Vaccination in Burma 1912-1922 - 1912-1922
Year: 1912
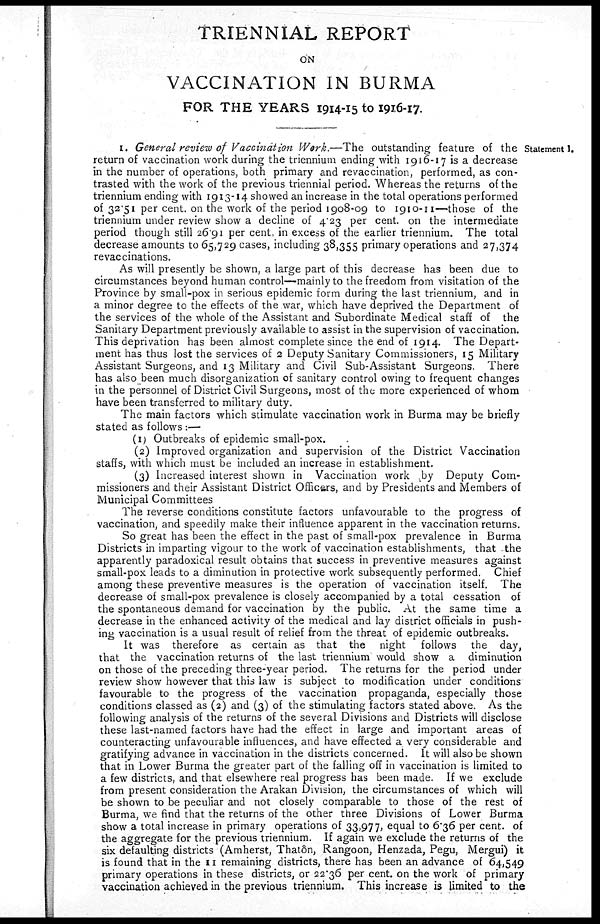
TRIENNIAL REPORT
ON
VACCINATION IN BURMA
FOR THE YEARS 1914-15 to 1916-17.
Statement I.
I. General review of Vaccination Work.—The outstanding feature of the
return of vaccination work during the triennium ending with 1916-17 is a decrease
in the number of operations, both primary and revaccination, performed, as con-
trasted with the work of the previous triennial period. Whereas the returns of the
triennium ending with 1913-14 showed an increase in the total operations performed
of 32.51 per cent. on the work of the period 1908-09 to 1910-11—those of the
triennium under review show a decline of 4.23 per cent. on the intermediate
period though still 26.91 per cent. in excess of the earlier triennium. The total
decrease amounts to 65,729 cases, including 38,355 primary operations and 27,374
revaccinations.
As will presently be shown, a large part of this decrease has been due to
circumstances beyond human control—mainly to the freedom from visitation of the
Province by small-pox in serious epidemic form during the last triennium, and in
a minor degree to the effects of the war, which have deprived the Department of
the services of the whole of the Assistant and Subordinate Medical staff of the
Sanitary Department previously available to assist in the supervision of vaccination.
This deprivation has been almost complete since the end of 1914. The Depart-
ment has thus lost the services of 2 Deputy Sanitary Commissioners, 15 Military
Assistant Surgeons, and 13 Military and Civil Sub-Assistant Surgeons. There
has also been much disorganization of sanitary control owing to frequent changes
in the personnel of District Civil Surgeons, most of the more experienced of whom
have been transferred to military duty.
The main factors which stimulate vaccination work in Burma may be briefly
stated as follows:—
(1) Outbreaks of epidemic small-pox.
(2) Improved organization and supervision of the District Vaccination
staffs, with which must be included an increase in establishment.
(3) Increased interest shown in Vaccination work by Deputy Com-
missioners and their Assistant District Officers, and by Presidents and Members of
Municipal Committees
The reverse conditions constitute factors unfavourable to the progress of
vaccination, and speedily make their influence apparent in the vaccination returns.
So great has been the effect in the past of small-pox prevalence in Burma
Districts in imparting vigour to the work of vaccination establishments, that the
apparently paradoxical result obtains that success in preventive measures against
small-pox leads to a diminution in protective work subsequently performed. Chief
among these preventive measures is the operation of vaccination itself. The
decrease of small-pox prevalence is closely accompanied by a total cessation of
the spontaneous demand for vaccination by the public. At the same time a
decrease in the enhanced activity of the medical and lay district officials in push-
ing vaccination is a usual result of relief from the threat of epidemic outbreaks.
It was therefore as certain as that the night follows the day,
that the vaccination returns of the last triennium would show a diminution
on those of the preceding three-year period. The returns for the period under
review show however that this law is subject to modification under conditions
favourable to the progress of the vaccination propaganda, especially those
conditions classed as (2) and (3) of the stimulating factors stated above. As the
following analysis of the returns of the several Divisions and Districts will disclose
these last-named factors have had the effect in large and important areas of
counteracting unfavourable influences, and have effected a very considerable and
gratifying advance in vaccination in the districts concerned. It will also be shown
that in Lower Burma the greater part of the falling off in vaccination is limited to
a few districts, and that elsewhere real progress has been made. If we exclude
from present consideration the Arakan Division, the circumstances of which will
be shown to be peculiar and not closely comparable to those of the rest of
Burma, we find that the returns of the other three Divisions of Lower Burma
show a total increase in primary operations of 33,977, equal to 6.36 per cent. of
the aggregate for the previous triennium. If again we exclude the returns of the
six defaulting districts (Amherst, Thatôn, Rangoon, Henzada, Pegu, Mergui) it
is found that in the 11 remaining districts, there has been an advance of 64,549
primary operations in these districts, or 22.36 per cent. on the work of primary
vaccination achieved in the previous triennium. This increase is limited to the